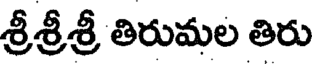
శ్రీశ్రీశ్రీ తిరుమల తిరు